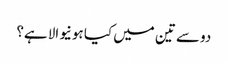
دو سے تین میں کیا ہونیوالا ہے؟